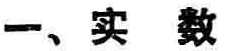
一、实数